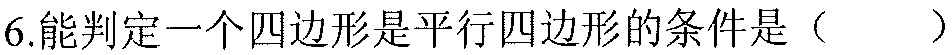
6.能判定一个四边形是平行四边形的条件是（  ）